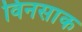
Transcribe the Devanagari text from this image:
विनसाक